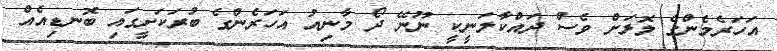
އަހަރެމެންގެ ލޮލަށް ވެސް ދައްކާލަނީކީ ނޫނޭ ދޯ މާނިއު އަހަރެންގެ ބުރަކަށީގައި ބޮނޑިއެއް